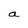
Character: a